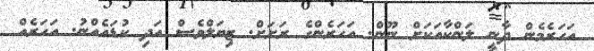
އަހަރެމެން ދާނީ ލަންކާއަކަށް ނޫން. އަހަރެންގެ ރަށަށް. ޒިޔަލްވެސް އަދި ކުޑައެއްނު. އަހަރެއް